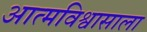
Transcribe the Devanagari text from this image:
आत्मविश्वासाला